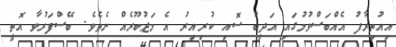
އިއުތިރާފު އެއްބަސްވުމުގައި އަދީބު ސޮއި ކުރިއިރު އެ މަޖުބޫރެއް ނެތެވެ. ބޭސްފަރުވާ އޮތީ